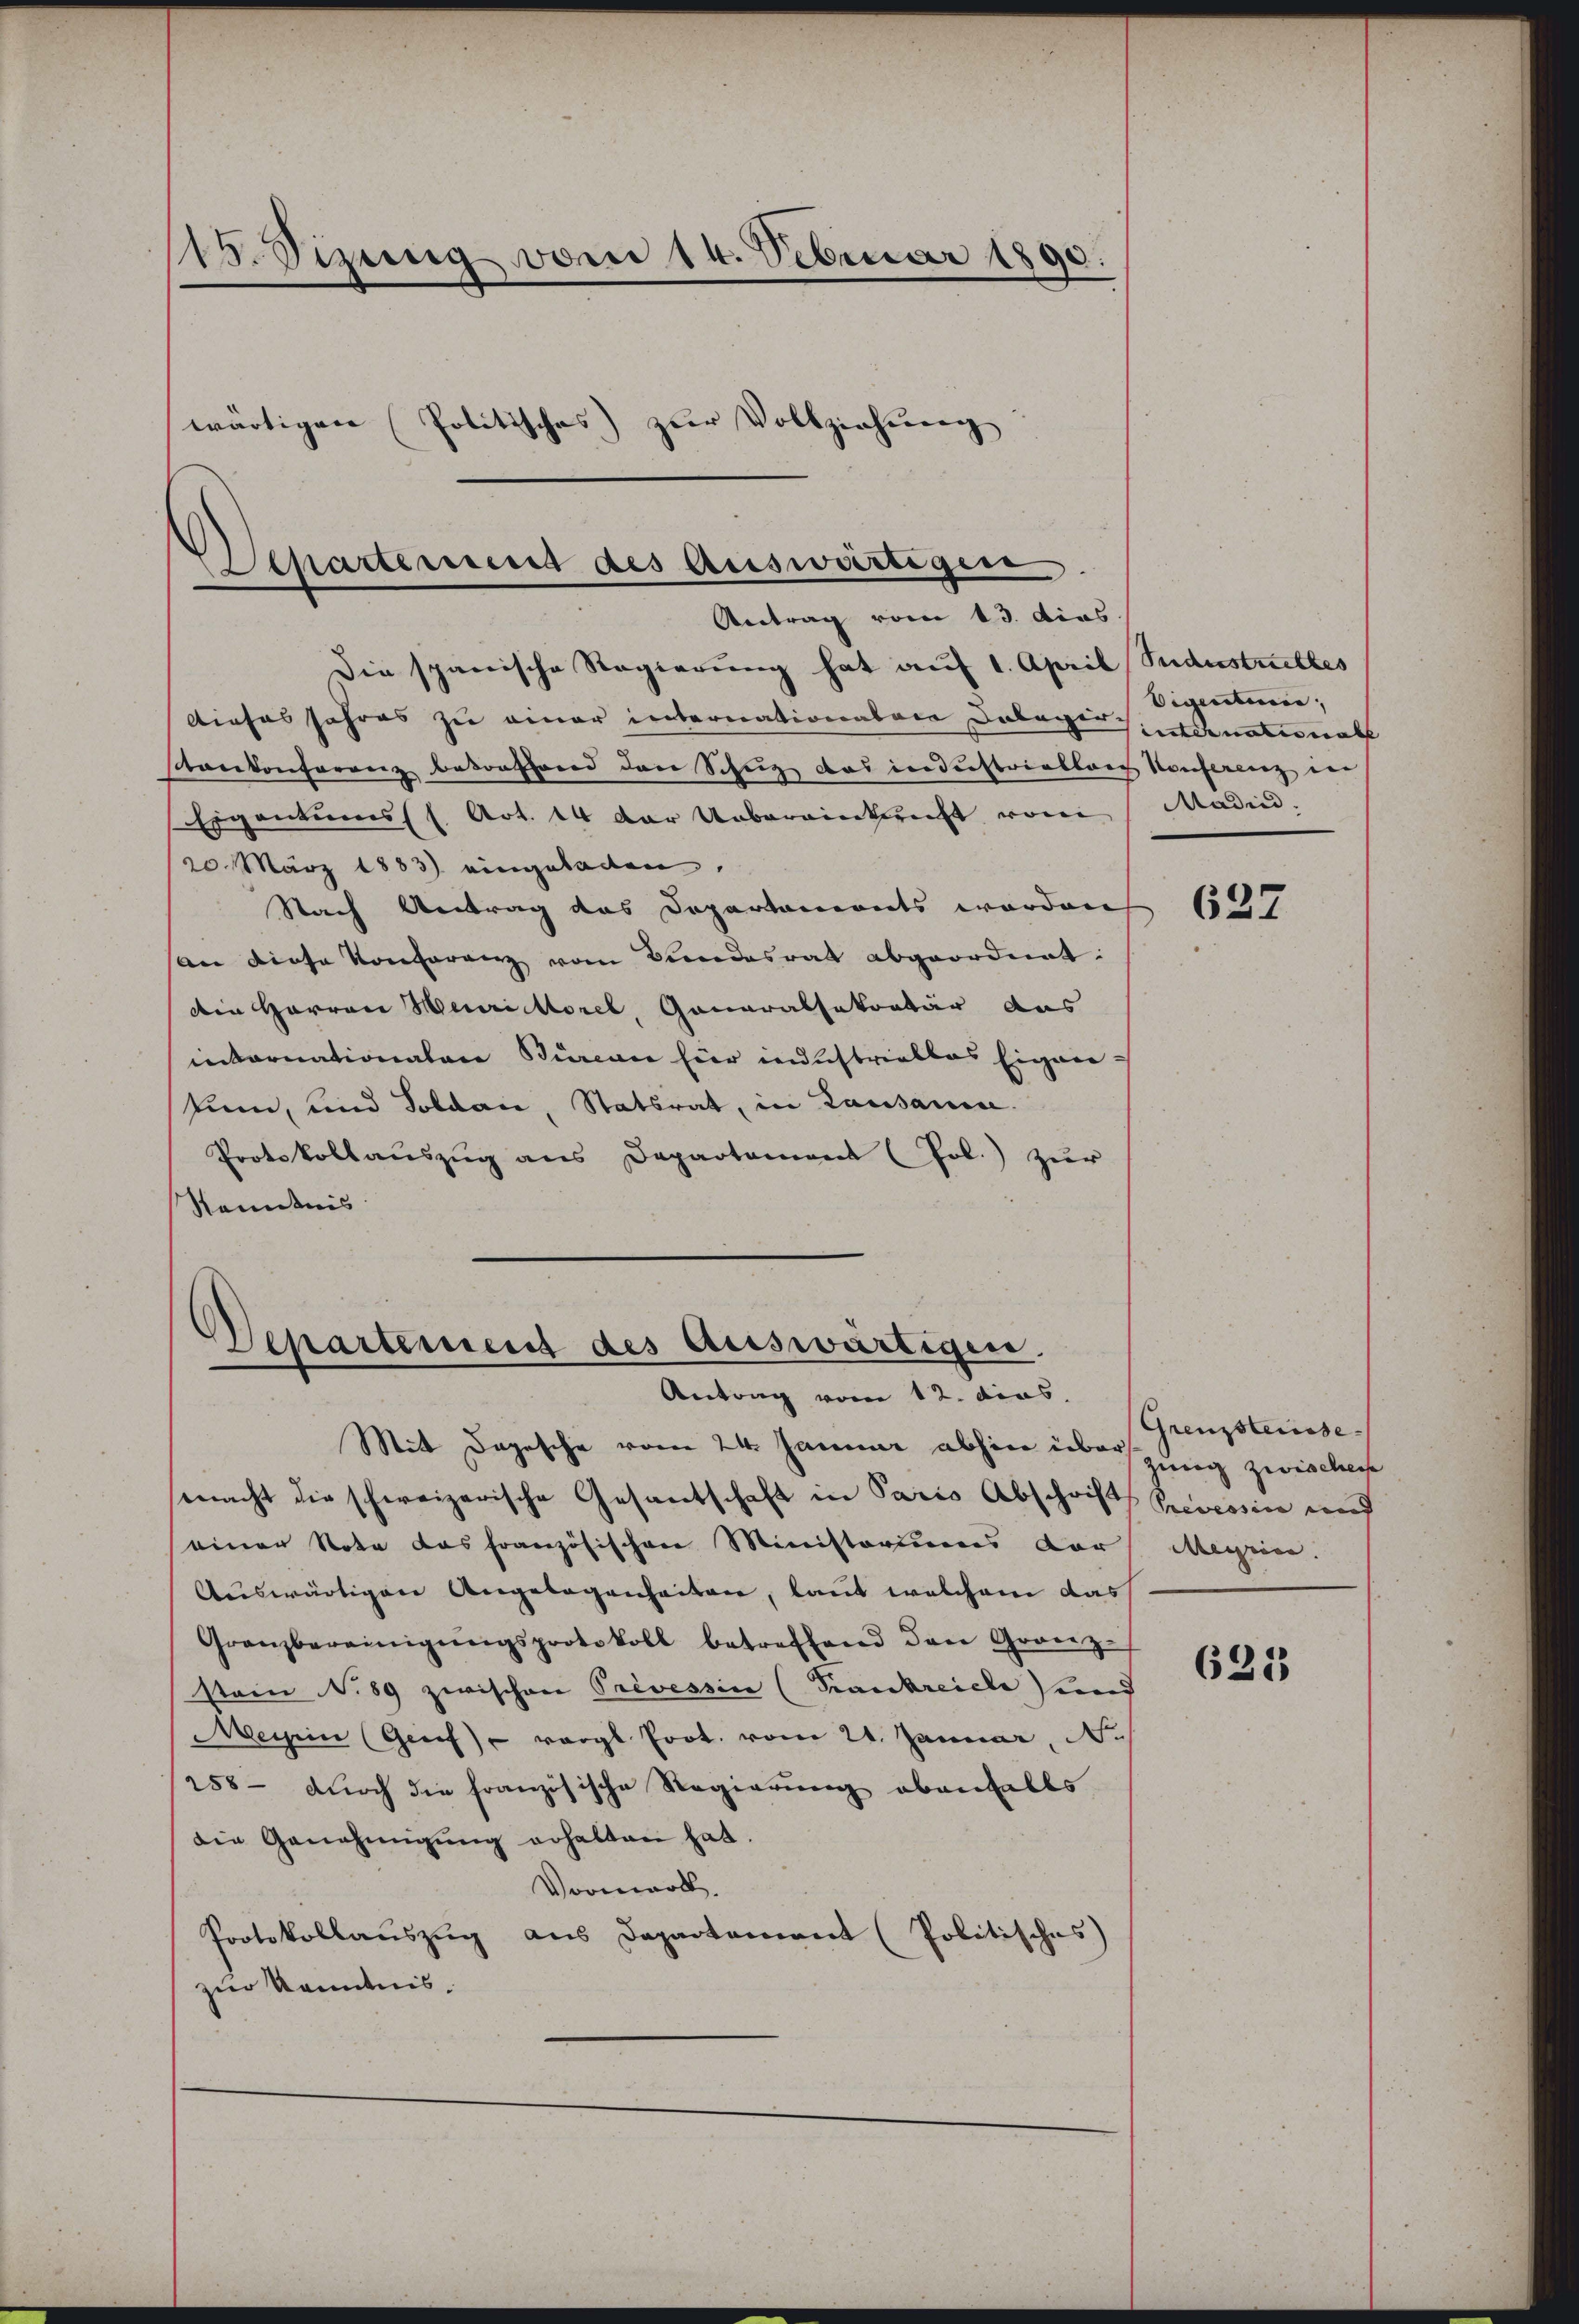
115. Sizung vom 14. Februar 1890.
wärtigen Politisches) zur Vollziehung

Departement des Auswärtigen
Antrag vom 13. dies

Die spanische Regierung hat auf 1. April (Sudustrittes
dieses Jahres zu einer internationalen Calagers donaternat
stankonferenz besonstand den Schutz das inderstrieller Konferenz in
Eigentums (s. Art. 14 der Uebereintricht von
20. März 1883) eingeladen,
Nach Antrag das Departaments worden
an diese Konferenz vom Bundesrat abgeordnet:
Ain Harron Meuri Morel, Ganaralsekretär aus
internationalare Burcace hier industrieblos Eignertum, und Soldau, Statsrat, in Lausanna.
Protokollaŭszŭg ans Departament (Pol.) zŭr
Kenntnis

Departement des Auswärtigen.
Antrag vom 12. dies

Mit Depesche vom 24. Januar abhin über in zwische
macht die schweizerische Gesantschaft in Paris Abschrift Pressin and
einer Note das französischen Ministoriums der Megnice.
Auswärtigen Angelegenheiten, laut welchem das
Granzbereinigŭngsprotokoll betreffend den Grenz-
stein No 89 zwischen Prevessin (Krankreiche und
Meisin (Genf) vergl. Prot. vom 21. Januar,
258- durch die französische Regierung ebenfalls
die Genehmigung erhalten hat.
Vormark.
Protokollauszug aus Departement (Politisches
zur Kenntnis.

Eigentum,
Madin.

627

Grenzsteinse

625